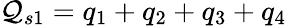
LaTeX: \mathcal{Q}_{s1}=q_{1}+q_{2}+q_{3}+q_{4}